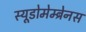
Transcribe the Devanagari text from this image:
स्यूडोमेम्ब्रेनस